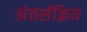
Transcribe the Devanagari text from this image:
अंतर्सक्रिय